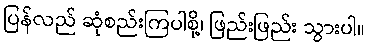
ပြန်လည် ဆုံစည်းကြပါစို့၊ ဖြည်းဖြည်း သွားပါ။